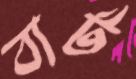
বার্ট